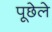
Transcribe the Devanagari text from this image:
पूछेले